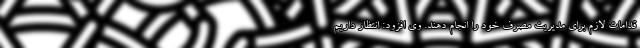
قدامات لازم برای مدیریت مصرف خود را انجام دهند. وی افزود: انتظار داریم